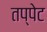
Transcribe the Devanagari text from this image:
तप्पेट